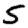
Digit: 5